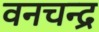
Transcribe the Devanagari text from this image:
वनचन्द्र